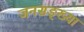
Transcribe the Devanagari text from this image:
जनसङ्ख्या